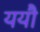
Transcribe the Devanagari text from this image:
ययौ